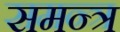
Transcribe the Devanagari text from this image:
समन्त्र